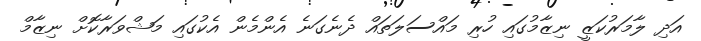
އަދި ލާމަރުކަޒީ ނިޒާމުގައި ހުރި މައްސަލަތައް ދެނެގަނެ އެންމެން އެކުގައި މަޝްވަރާކޮށް ނިޒާމް